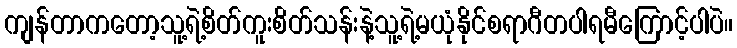
ကျန်တာကတော့သူ့ရဲ့စိတ်ကူးစိတ်သန်းနဲ့သူ့ရဲ့မယုံနိုင်စရာဂီတပါရမီကြောင့်ပါပဲ။